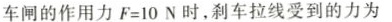
车闸的作用力$$F = 1 0 N$$时，刹车拉线受到的力为